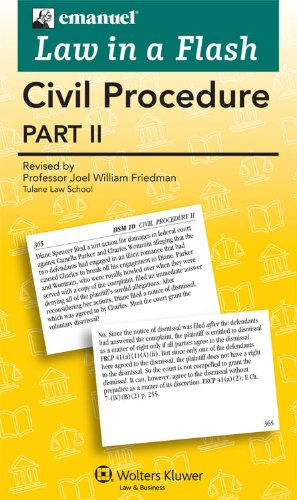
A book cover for Law in a Flash Cards: Civil Procedure II; Steven L. Emanuel; Law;